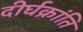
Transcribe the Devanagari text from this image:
दीर्घक्रांति